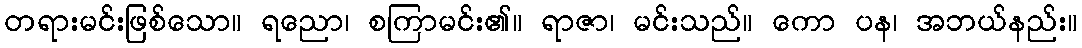
တရားမင်းဖြစ်သော။ ရညော၊ စကြာမင်း၏။ ရာဇာ၊ မင်းသည်။ ကော ပန၊ အဘယ်နည်း။